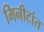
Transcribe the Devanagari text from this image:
मिनीटांत